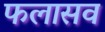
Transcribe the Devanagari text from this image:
फलासव